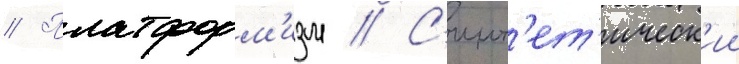
// Платформ'изм // С'инт'ет'ическ'ии